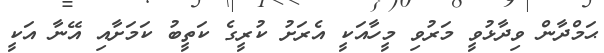
ޙަމްދާން ވިދާޅުވީ މަރުވި މީހާއަކީ އެރަށު ކުރީގެ ކަތީބު ކަމަށާއި އޭނާ އަކީ